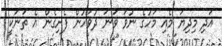
އަދި މިދިޔަ މެއި މަހުގެ ނުވަ ވަނަ ދުވަހުން ފެށިގެން އެ ތަނަކީ